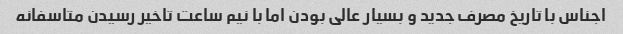
اجناس با تاریخ مصرف جدید و بسیار عالی بودن اما با نیم ساعت تاخیر رسیدن متاسفانه